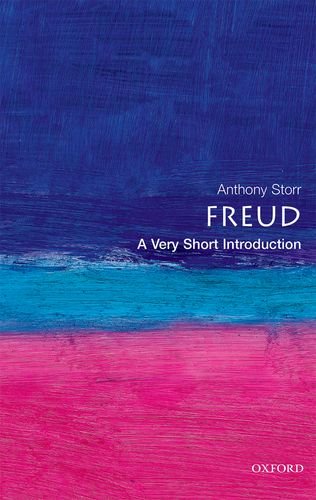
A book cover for Freud: A Very Short Introduction; Anthony Storr; Medical Books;